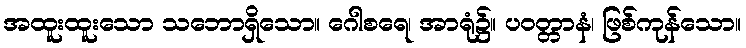
အထူးထူးသော သဘောရှိသော။ ဂေါစရေ၊ အာရုံ၌။ ပဝတ္တာနံ၊ ဖြစ်ကုန်သော။